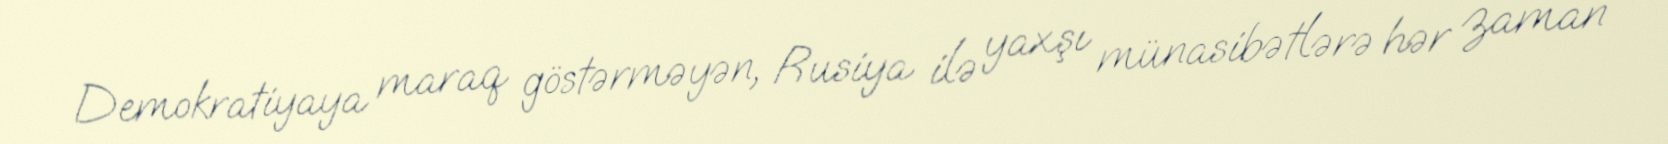
Demokratiyaya maraq göstərməyən, Rusiya ilə yaxşı münasibətlərə hər zaman